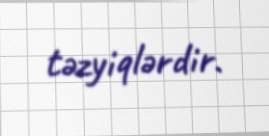
təzyiqlərdir.